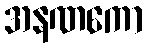
အနဏကော